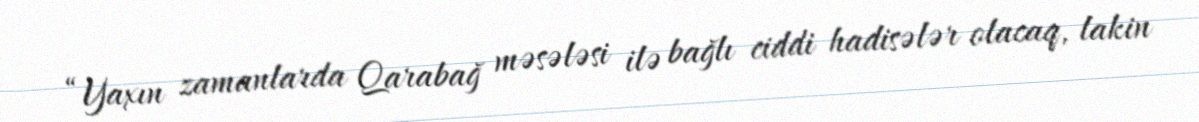
“Yaxın zamanlarda Qarabağ məsələsi ilə bağlı ciddi hadisələr olacaq, lakin